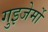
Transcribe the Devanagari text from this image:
गुइजेर्मो